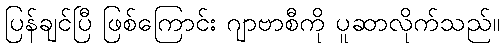
ပြန်ချင်ပြီ ဖြစ်ကြောင်း ဂျာဗာစီကို ပူဆာလိုက်သည်။